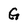
Character: G